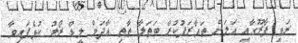
ރަވީ ފާރޫގާއި އަލަށް ތައާރަފުކުރާ ބަތަލާ ތާތި އާދަމް ލީޑް ރޯލު ކުޅެފައިވާ